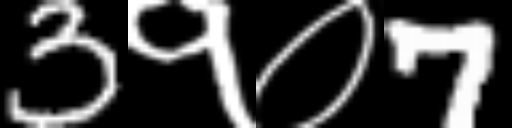
Text: 3१०7